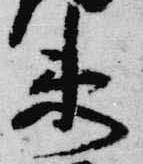
衛